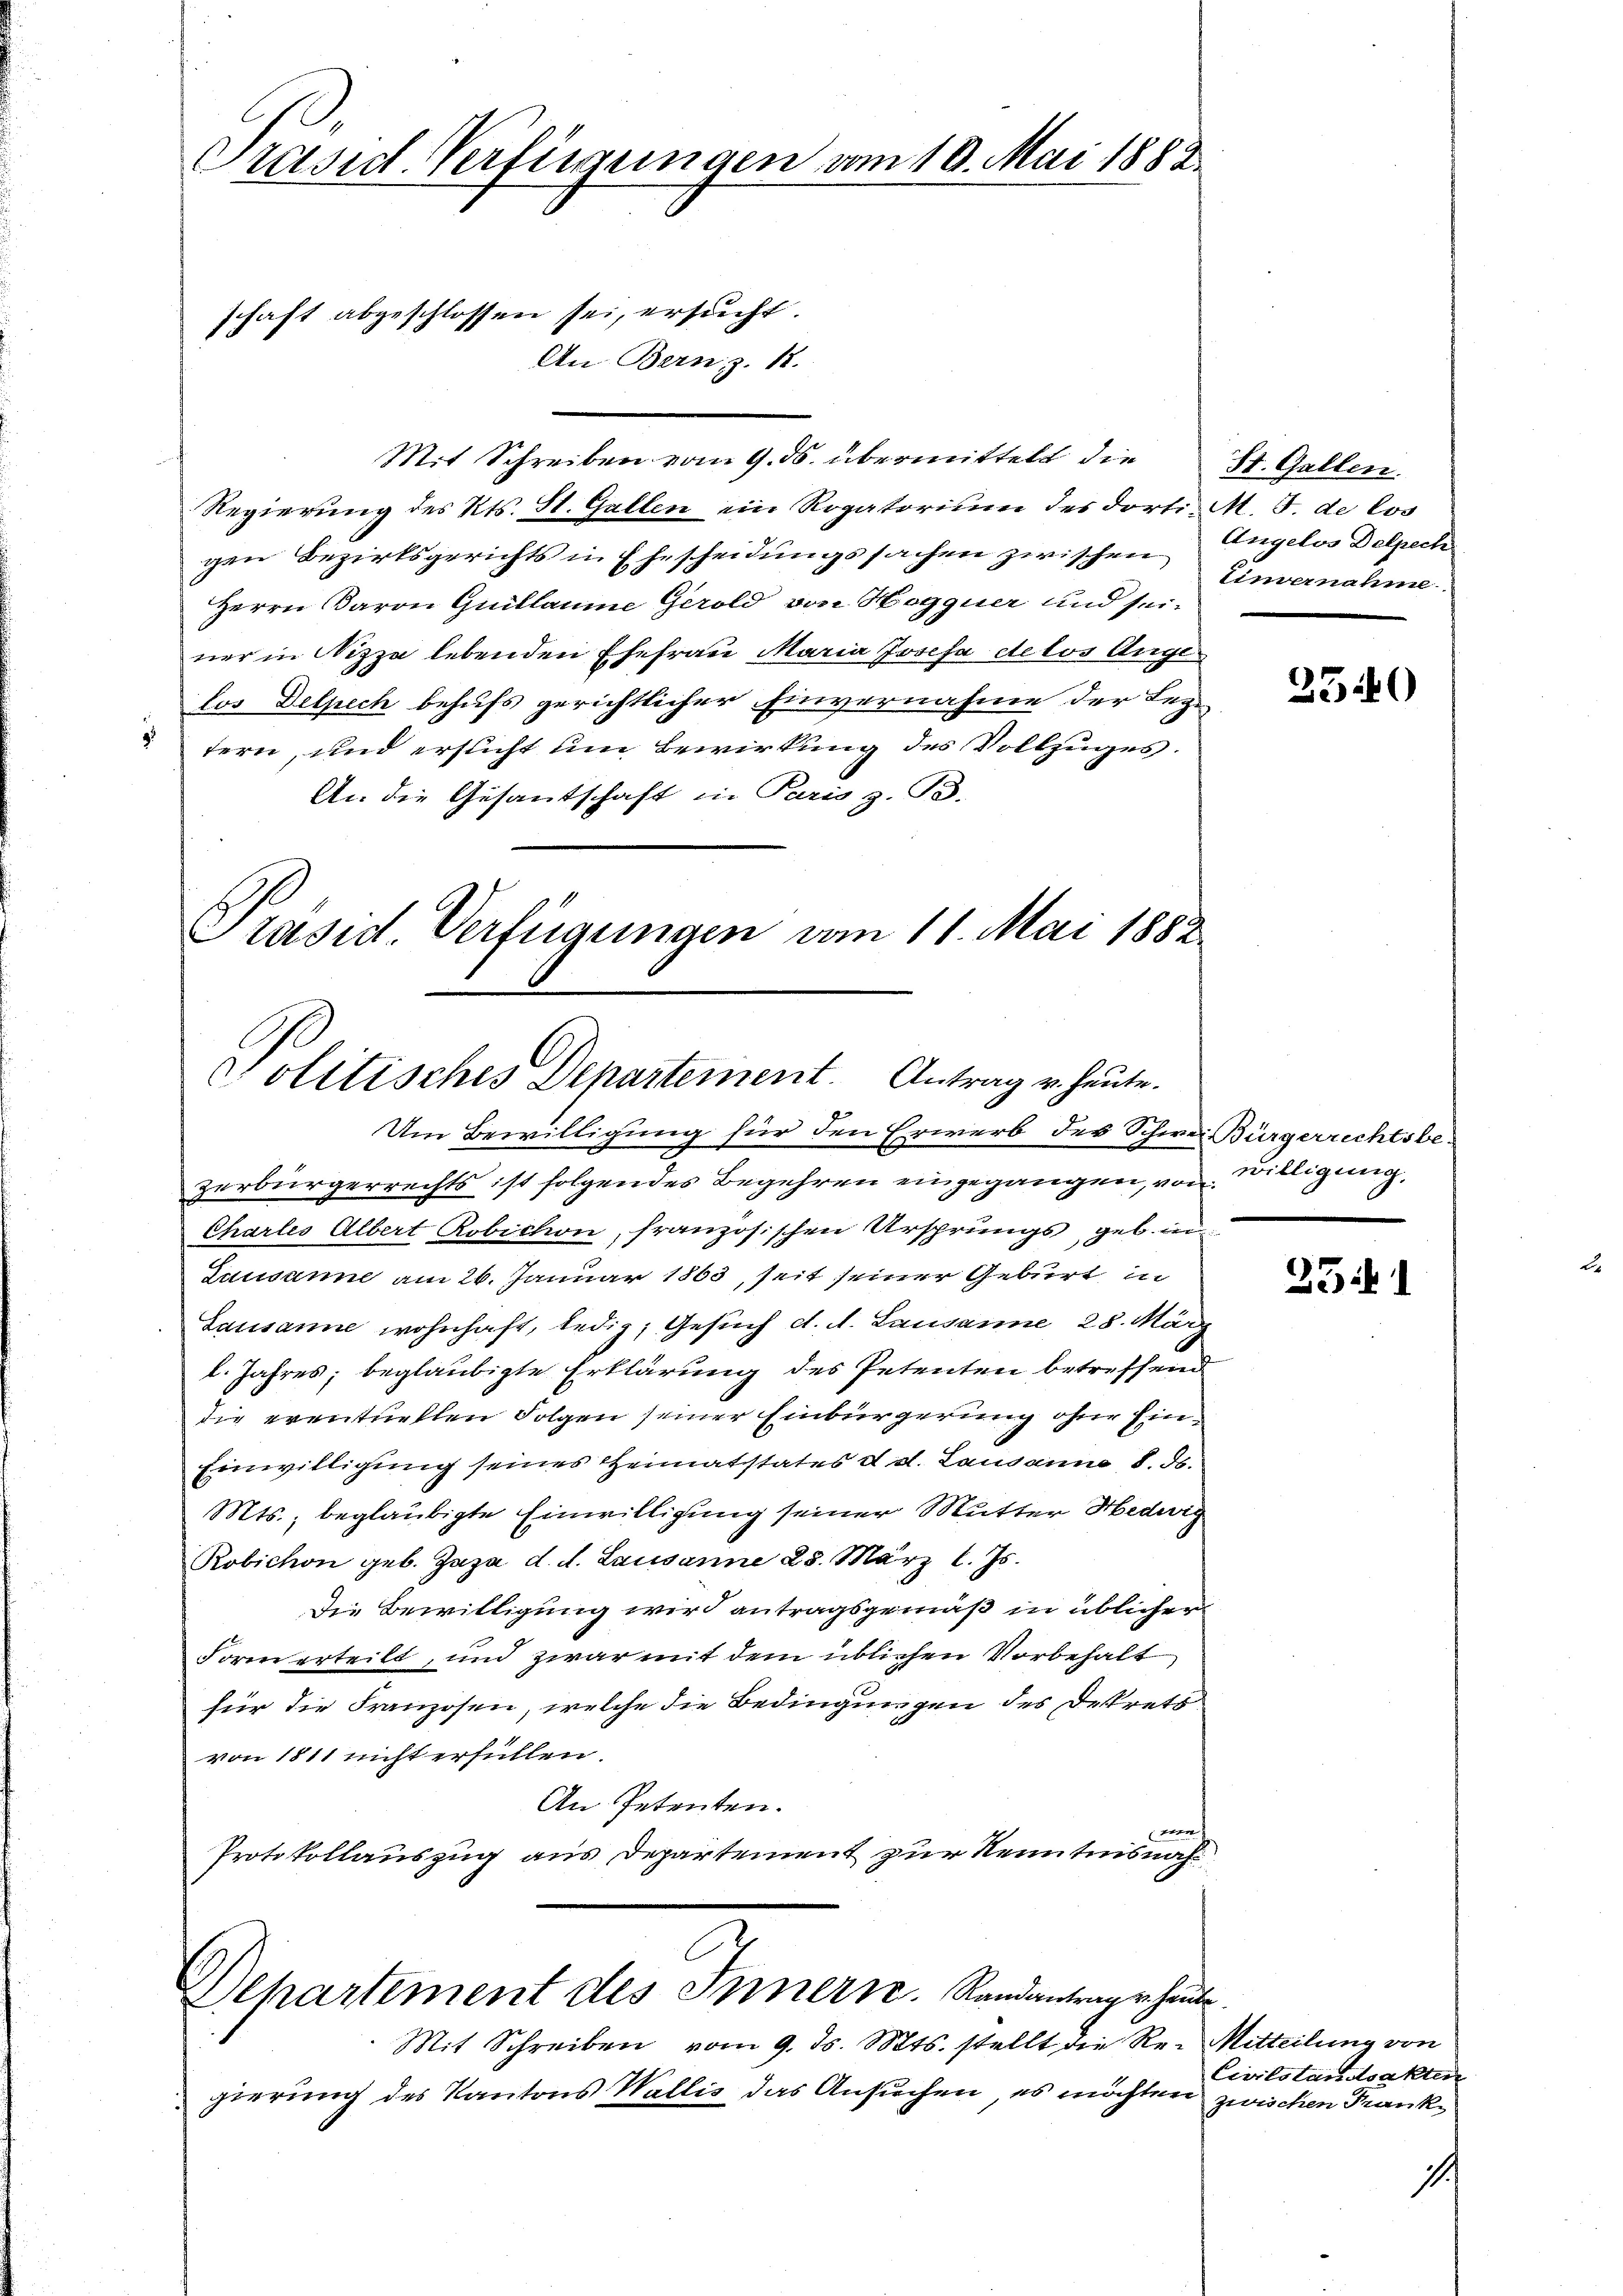
Präsid. Verfügungen am 10. Mai 1882

Mit Schreiben vom 9. ds. übermittelt die
Regierung des Kts. St. Gallen ein Rogatorium des dorti M. J. de los
gen Bezirksgerichts in Ehescheidungssachen zwischen
Herrn Baron Guillaume Gerold von Hogguer und sei-
ner in Nizza lebenden Ehefrau Maria Josefa detos Angelos Delpech behufs gerichtlicher Einvernahme der Leg-
tern, und ersticht um Bewirkung des Vollzuges.
An die Gesantschaft in Paris z. B.
Präsid. Verfügungen vom 11. Mai 1882

schaft abgeschlossen sei, ersucht.
An Be

ez. 18.

Politisches Departement. Antrag u. heute.
Um Bewilligung für den Erwerb des Schwer Bürgerrechtsbe¬

Departement des Innern. Randantrage heute

Mit Schreiben vom 9. Js. Mts. stellt die Re-
gierung des Kantons Wallis das Ansuchen, es möchten

St. Gallen.
Angelos Delpech
Einvernahme

zerbürgerrechts ist folgendes Begehren eingegangen, von Willigung,
Chartes Albert Robichon, französischen Ursprungs geb. in
Susanne am 26. Januar 1863, seit seiner Geburt in
Lausanne wohnhaft, ledig, Gesuch d. d. Lausanne 28. März
l. Jahres; beglaubigte Erklärung des Petenten betreffend
die eventuellen Folgen seiner Einbürgerung ohne Ein¬
Einwilligung seines Heimatstates d. d. Lausanne, 8. ds.
Mts., beglaubigte Einwilligung seiner Mutter Hedwig
Robichon geb. Zapa d. d. Lausanne 25. März l. Js.
Die Bewilligung wird antragsgemäß in üblicher
Form erteilt, und zwar mit dem üblichen Vorbehalt
für die Franzosen, welche die Bedingungen des Dekrets
von 1811 nicht erfüllen.
An Petenten.
d
Protokollauszug aus Departement zur Kenntnisnah¬

2540

3541

Mitteilung von
Civilstandsakten
zwischen Frank